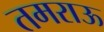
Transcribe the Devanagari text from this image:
तमराऊ